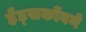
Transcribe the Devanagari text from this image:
हँड्सकोंबने